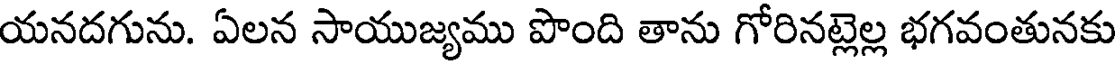
యనదగును. ఏలన సాయుజ్యము పొంది తాను గోరినట్లెల్ల భగవంతునకు